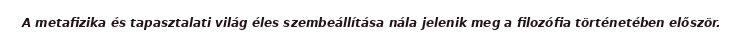
A metafizika és tapasztalati világ éles szembeállítása nála jelenik meg a filozófia történetében először.